Bréfritari: Sigurður Jónsson
Viðtakandi: Jón Borgfirðings Jónsson
Dagsetning: A-1857-11-22
Skrifað á: Möðrudal  N-Múl.

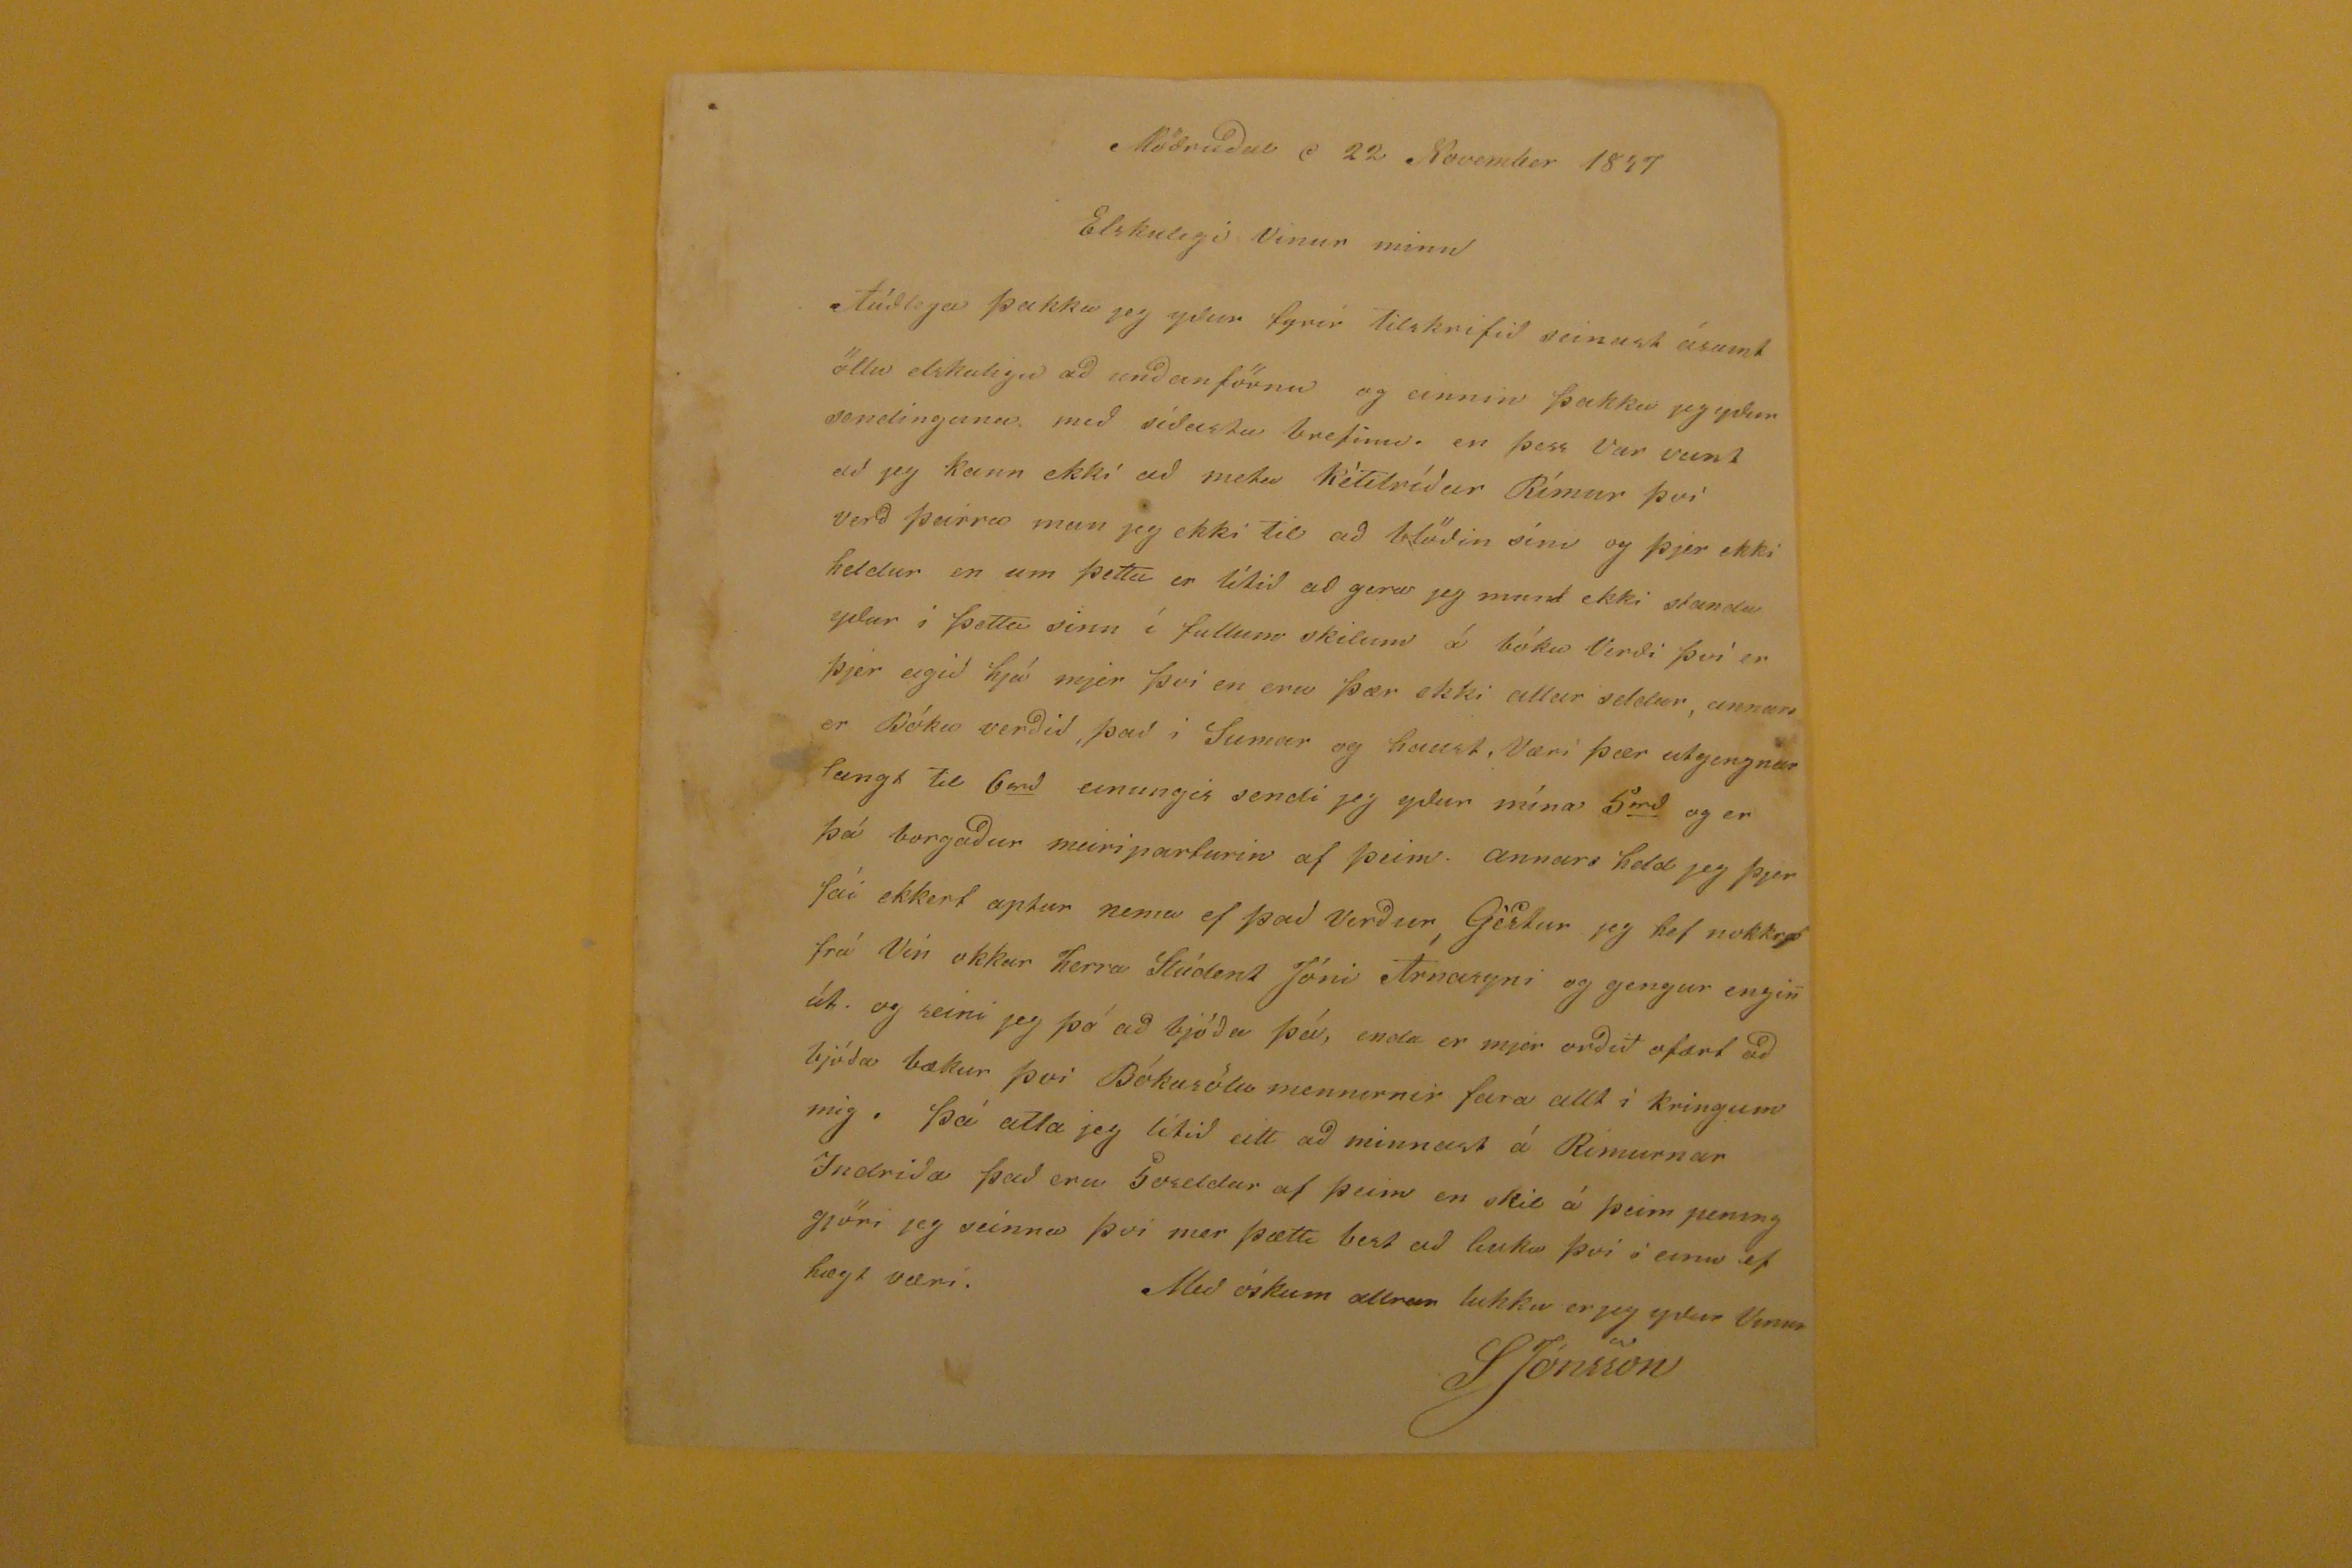

Möðrudal d 22 November 1857
Elskulegi Vinur minn
Alúðlega þakka jeg yður fyrir tilskrifið seinast ásamt öllu elskulegu að unðanförnu og einnin þakka jeg yður sendinguna. með síðastu brefinu. en þess Var vant að jeg kann ekki að meta Kétilríður Rímur því verð þeirra man jeg ekki til að blöðin síni og þjer ekki heldur en um þetta er lítið að gera jeg munt ekki standa yður í þetta sinn í fullum skilum á bóku Verði því er þjer eigið hjá mjer því en eru þær ekki allar seldar, annars er Bóka verðið, það í Sumar og haust, Væri þær utgengnar langt til 6
rd
einungis sendi jeg ydur mína 5
rd
og er þá borgaður meiriparturin af þeim. annars held jeg þjer fái ekkert aptur nema ef það Verður, Gértur jeg hef nokkra frá Vin okkar herra Stúdent Jóni Árnasyni og gengur eingin út. og reini jeg þó að bjóða þá, enda er mjer orðið ofært að bjóða bækur þvi Bókasölu mennirnir fara allt í kringum mig, Þá atla jeg litið eitt að minnast á Rimurnar Indriða það eru 5oseldar af þeim en skil á þeim pening gjöri jeg seinna því mer þætti best að liuka því í einu ef hægt væri.
Með óskum allrar lukku er jeg eptur Vinur
SJónsson